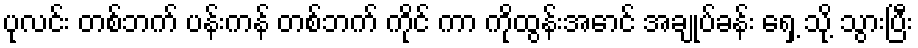
ပုလင်း တစ်ဘက် ပန်းကန် တစ်ဘက် ကိုင် ကာ ကိုထွန်းအောင် အချုပ်ခန်း ရှေ့ သို့ သွားပြီး